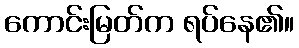
ကောင်းမြတ်က ရပ်နေ၏။